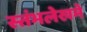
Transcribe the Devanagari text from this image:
स्‍तंभलेखमें